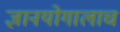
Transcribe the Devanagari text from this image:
ज्ञानयोगालाच